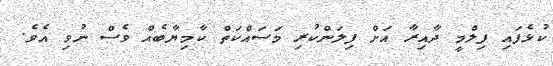
ކުޅެފައި ފިލްމީ ދާއިރާ އަށް ފިލަންކުރި މަސައްކަތް ކާމިޔާބެއް ވެސް ނުވި އެވެ.